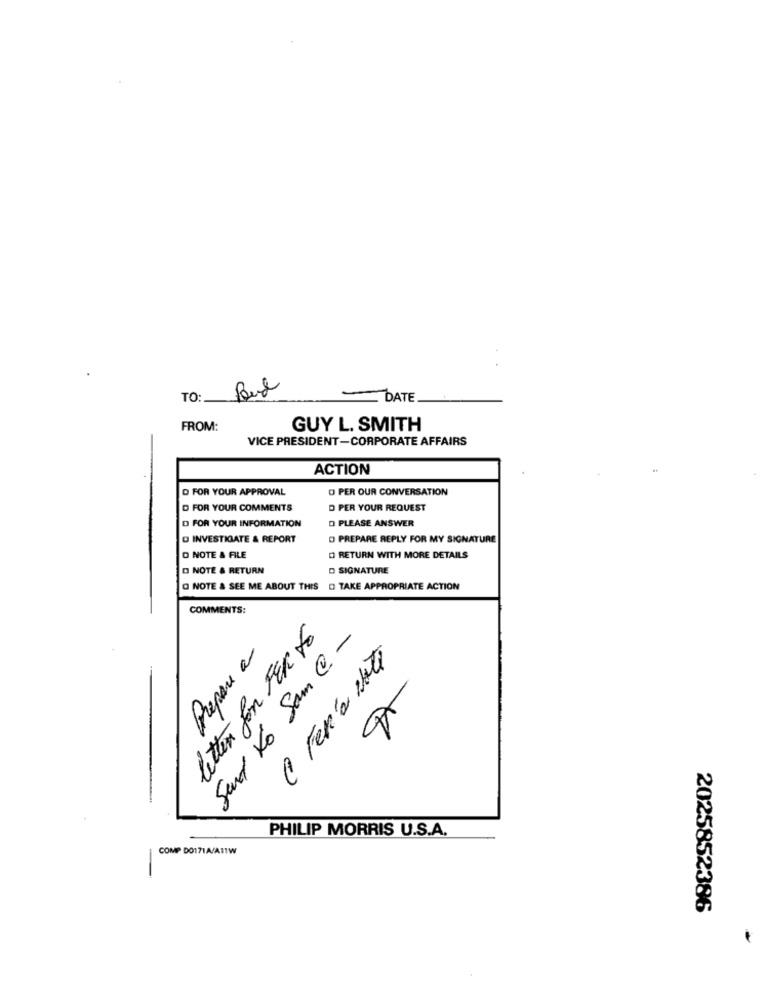
TO: But
DATE.
FROM:
GUY L. SMITH
VICE PRESIDENT-CORPORATE AFFAIRS
ACTION
O FOR YOUR APPROVAL
O PER OUR CONVERSATION
D FOR YOUR COMMENTS
D PER YOUR REQUEST
D PLEASE ANSWER
D FOR YOUR INFORMATION
D INVESTIGATE & REPORT
O PREPARE REPLY FOR MY SIGNATURE
O NOTE & FILE
O RETURN WITH MORE DETAILS
D NOTE & RETURN
D SIGNATURE
Q NOTE & SEE ME ABOUT THIS
D TAKE APPROPRIATE ACTION
COMMENTS:
letter for FER to
Send to Sam @ -
Prepare a
1 Fen'a Note
PHILIP MORRIS U.S.A.
COMP DO171A/A11W
2025852386